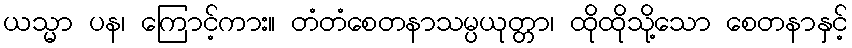
ယသ္မာ ပန၊ ကြောင့်ကား။ တံတံစေတနာသမ္ပယုတ္တာ၊ ထိုထိုသို့သော စေတနာနှင့်